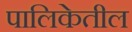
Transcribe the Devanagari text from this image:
पालिकेतील